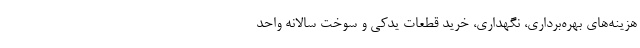
هزینه‌های بهره‌برداری، نگهداری، خرید قطعات یدکی و سوخت سالانه واحد